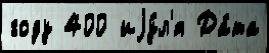
году 400 иjу́л'я Да́та